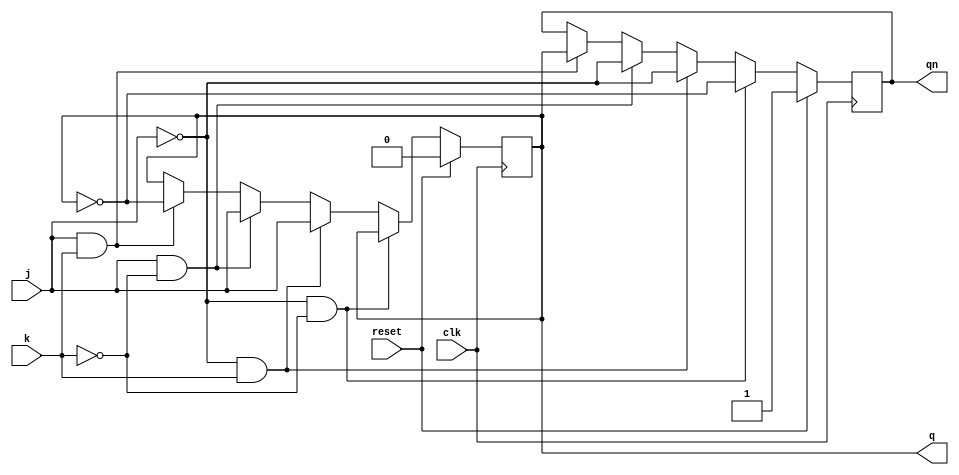
module jkff(q,qn,clk,reset,j,k);
  
  output reg q,qn;
  input clk,reset,j,k;
  
  always @(negedge clk)
  begin
    if(reset==1'b1)
    begin
      q=1'b0;
      qn=1'b1;
    end
 else if(j==1'b0 & k==1'b0)
   begin
     q=q;
     qn=~q;
   end
   
 else if(j==1'b0 & k==1'b1)
   begin
     q=j;
     qn=~q;
   end
   
 else if(j==1'b1 & k==1'b0)
   begin
     q=j;
     qn=~q;
   end
   
 else if(j==1'b1 & k==1'b1)
   begin
     q=~q;
     qn=~q;
   end
 end
 endmodule
 
 
 //tst bnch
 
 module t_jkff();
 
 wire q,qn;
 reg clk,reset,j,k;
 
jkff a1(q,qn,clk,reset,j,k);

  always
  begin
    #10;
    clk=~clk;
  end
  
  initial
  begin
    clk=1'b0;
    reset=1'b0;
    #50;
    
    j=1'b0;
    k=1'b0;
    #50;
    
    j=1'b0;
    k=1'b1;
    #50;
    
    j=1'b1;
    k=1'b0;
    #50;
    
    j=1'b1;
    k=1'b1;
    #50;
  end
endmodule